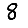
Digit: 8